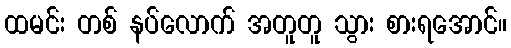
ထမင်း တစ် နပ်လောက် အတူတူ သွား စားရအောင်။